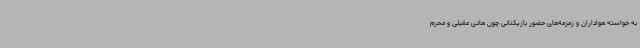
به خواسته هواداران و زمزمه‌های حضور بازیکنانی چون هادی عقیلی و محرم